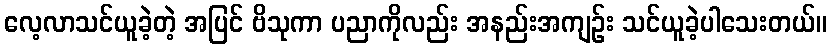
လေ့လာသင်ယူခဲ့တဲ့ အပြင် ဗိသုကာ ပညာကိုလည်း အနည်းအကျဉ်း သင်ယူခဲ့ပါသေးတယ်။